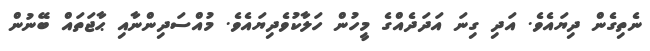
ނެތިގެން ދިޔައެވެ. އަދި ގިނަ އަދަދެއްގެ މީހުން ހަލާކުވެދިޔައެވެ. މުއްސަދިންނާއި ޙާޖަތައް ބޭނުން